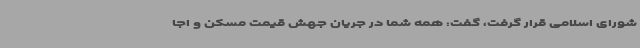
شورای اسلامی قرار گرفت، گفت: همه شما در جریان جهش قیمت مسکن و اجا